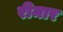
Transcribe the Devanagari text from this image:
रीमार